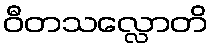
ဝီတသလ္လောတိ